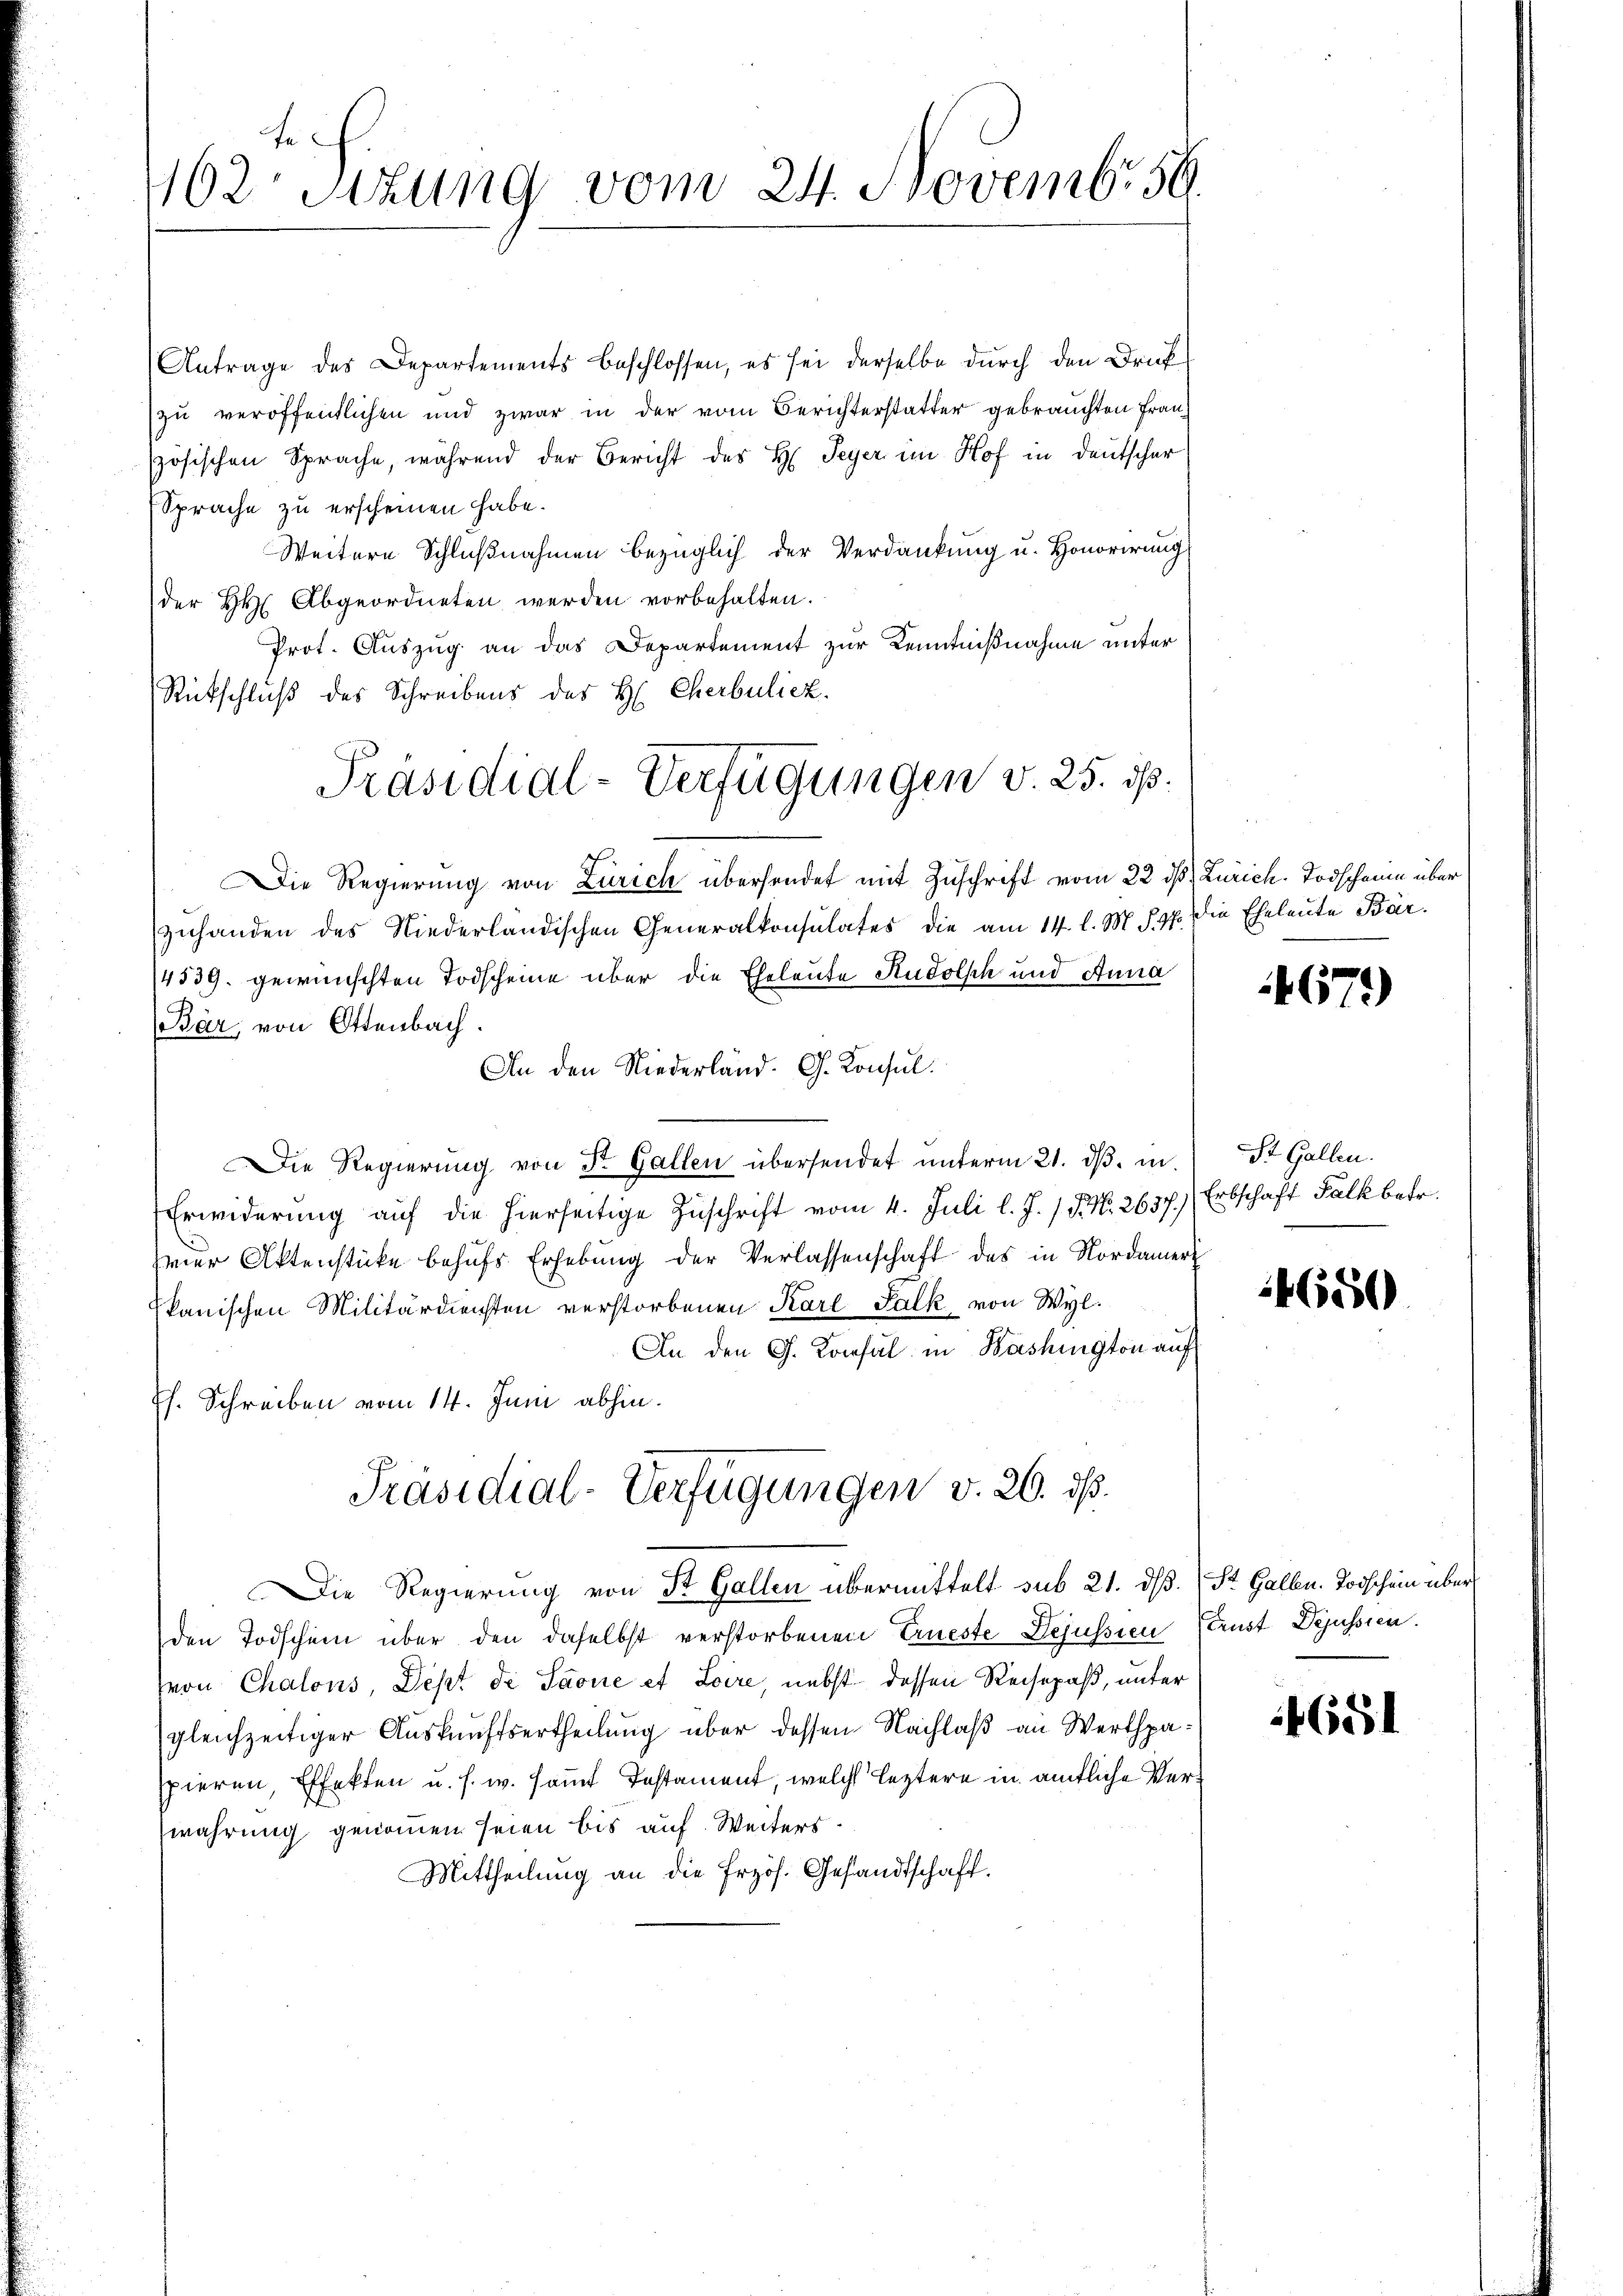
te
162. Sitzung vom 24. Novembr 56.

Antrage des Departements beschlossen, es sei derselbe durch den Druf
zu veröffentlichen und zwar in der vom Berichterstatter gebrauchten Franszösischen Sprache, während der Bericht des H. Peyer im Hof in Deutscher
Sprache zu erscheinen habe.
Weitern Schlußnahmen bezüglich der Verdankung u. Honorirung
der Hr. Abgeordneten werden vorbehalten.
Prot. Auszug an das Departement zur Kenntnißnahme unter
Rückschluß des Schreibens des H. Cherbuliez.
Die Regierung von Zürich übersendet mit Zuschrift vom 22. dß. Zürich. Todschauen über
zuhanden des Niederländischen Generalkonsulates die am 14. l. M. §. 17. die Eheleute Bar¬
4539. gewünschten Todscheine über die Eheleute Rudolph und Anna
Bär, von Ottenbach.
An den Niederländ. G. Konsul.
Die Regierung von Dr. Gallen übersendet unterm 21. dβ. in
Erwiderung auf die hierseitige Zuschrift vom 4. Juli l. J. P. Nr. 2637.)
srer Aktenstücke behŭfs Erhebung der Verlassenschaft des in Nordamer
kanischen Militärdiensten verstorbenen Karl Palk von Wyl.
An den Ch. Konsul in Washington auf
Th. Schreiben vom 14. Juni abhin.
Präsidial-Verfügungen v. 26. ds.
Die Regierung von St. Gallen übermittelt sub 21. ds. St. Gallen. Todschein über
den Todschein über den daselbst verstorbenen Erneste Lejussien Ernst Dejussien.
von Chalons, Dept de Saone et Loire, nebst dessen Reisepaß, unter
gleichzeitiger Auskunftsertheilung über dessen Nachlaß an Werthpapieren, Effekten u. s. w. samt Testament, welche leztere in amtliche Verwahrung genommen seien bis auf Weiters.
Mittheilung an die frzös. Gesandtschaft.

Präsidial-Verfügungen v. 25. ds.

4671)

St. Gallen.
Erbschaft Falk betr.

14650

651